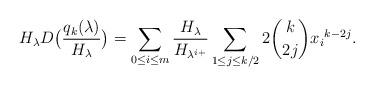
LaTeX: \begin{align*} H_\lambda D\bigl(\frac{q_k(\lambda)}{H_\lambda}\bigr)= \sum_{0\leq i\leq m} \frac{H_\lambda}{H_{\lambda^{i+}}}\sum_{1\leq j \leq{k/2}}2\binom{k}{2j}{x_{i}}^{k-2j}.\end{align*}